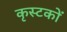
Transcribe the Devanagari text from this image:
कृस्टकों